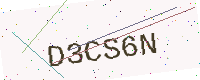
Text: D3CS6N